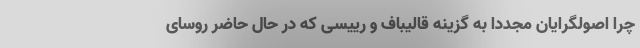
چرا اصولگرایان مجددا به گزینه قالیباف و رییسی که در حال حاضر روسای